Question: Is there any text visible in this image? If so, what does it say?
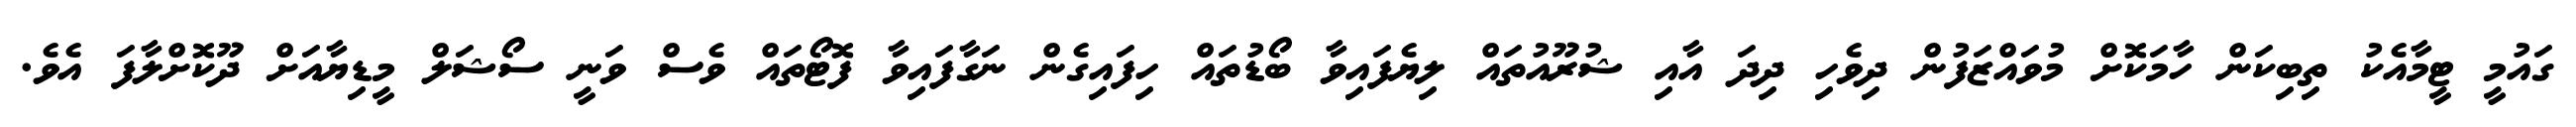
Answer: ގައުމީ ޓީމާއެކު ތިބިކަން ހާމަކޮށް މުވައްޒަފުން ދިވެހި ދިދަ އާއި ޝުރޫއުތައް ލިޔެފައިވާ ބޯޑުތައް ހިފައިގެން ނަގާފައިވާ ފޮޓޯތައް ވެސް ވަނީ ސޯޝަލް މީޑިޔާއަށް ދޫކޮށްލާފަ އެވެ.